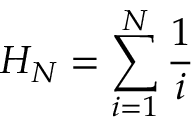
H _ { N } = \sum _ { i = 1 } ^ { N } \frac { 1 } { i }